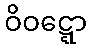
ဝိဝဋ္ဋော